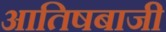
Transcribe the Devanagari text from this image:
आतिषबाजी